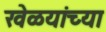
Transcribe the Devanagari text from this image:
खेळयांच्या